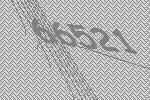
66521